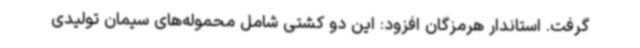
گرفت. استاندار هرمزگان افزود: این دو کشتی شامل محموله‌های سیمان تولیدی